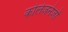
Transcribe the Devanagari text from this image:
कोलेजनेजों